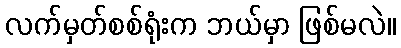
လက်မှတ်စစ်ရုံးက ဘယ်မှာ ဖြစ်မလဲ။